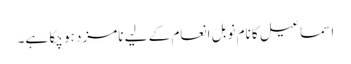
اسماعیل کا نام نوبل انعام کے لیے نامزد ہو چکا ہے۔